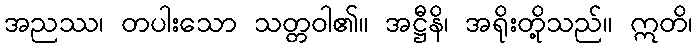
အညဿ၊ တပါးသော သတ္တဝါ၏။ အဋ္ဌီနိ၊ အရိုးတို့သည်။ ဣတိ၊